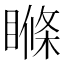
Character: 𥉉